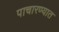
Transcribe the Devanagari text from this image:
पाचारण्यात